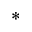
^ { * }